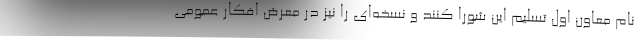
نام معاون اول تسلیم این شورا کنند و نسخه‌ای را نیز در معرض افکار عمومی